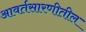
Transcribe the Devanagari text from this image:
आवर्तसारणीतील